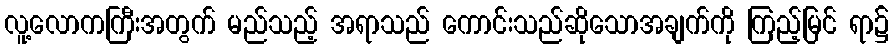
လူ့လောကကြီးအတွက် မည်သည့် အရာသည် ကောင်းသည်ဆိုသောအချက်ကို ကြည့်မြင် ရာ၌